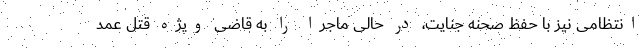
انتظامی نیز با حفظ صحنه جنایت، در حالی ماجرا را به قاضی ویژه قتل عمد